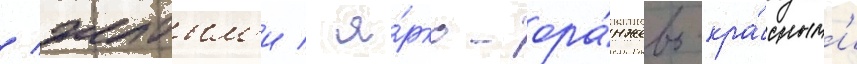
/ желтым'и / я́рко-ора́нжево-кра́сным'и